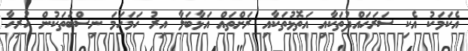
އެކަމަކު އެކި ސަރަހައްދުތަކާއި އަތޮޅުތަކާއި ރަށްތައް އަޅާބަލާ އިރު ހަމަހަމަ ނިސްބަތަކުން ހުރިހާ